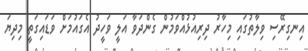
އިނގިރޭސި ވިލާތުގައި މިހާރު ދިރިއުޅުއްވަމުން ގެންދަވާ އަލީ ވަހީދު އެގައުމަށް ވަޑައިގަތީ މިދިޔަ